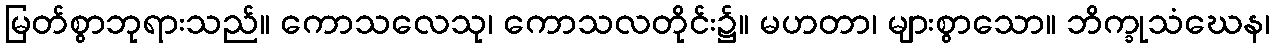
မြတ်စွာဘုရားသည်။ ကောသလေသု၊ ကောသလတိုင်း၌။ မဟတာ၊ များစွာသော။ ဘိက္ခုသံဃေန၊